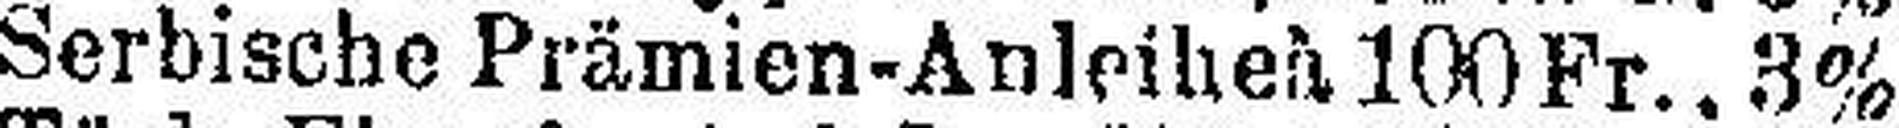
Serbische Prämien-Anleihen 199 Fr., 3%